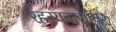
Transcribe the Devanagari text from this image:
रहस्यवाद्यांवर